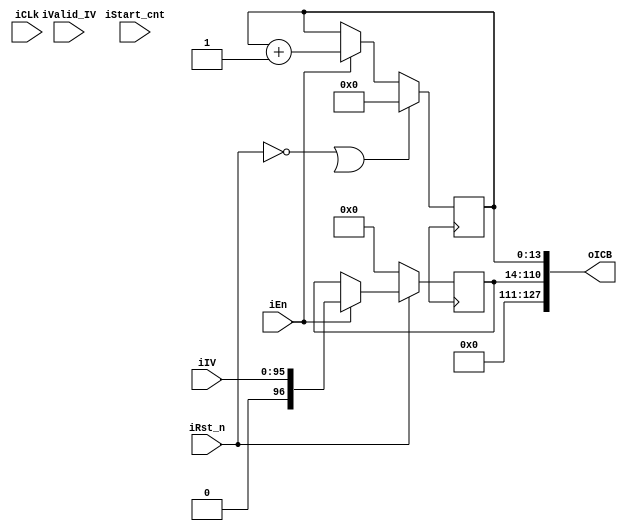
module ICB_Block(
input iCLk,
input iRst_n,
input iEn,
input iStart_cnt,
input [0:95] iIV,
input iValid_IV,
output [0:127] oICB
);

reg [0:96] rIV;
reg [0:13] cnt;
wire wOverFlow;

//counter
always @(posedge iClk) begin
	if(~iRst_n | wOverFlow)		cnt <= 32'd0;
	else if(iEn)				cnt <= cnt + 1'd1;
	else 						cnt <= cnt;
end

assign wOverFlow = cnt[31]; //TODO: modify later

//sample IV
always @(posedge iClk) begin
	if(~iRst_n)		rIV <= 96'd0;
	else if(iEn)	rIV <= iIV;
	else 			rIV <= rIV;
end

//Output
assign oICB = {rIV, cnt};

endmodule